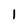
Character: 1